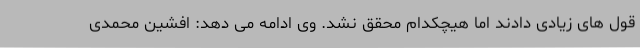
قول های زیادی دادند اما هیچکدام محقق نشد. وی ادامه می دهد: افشین محمدی